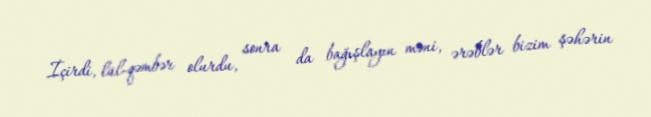
İçirdi, lül-qəmbər olurdu, sonra da bağışlayın məni, ərəblər bizim şəhərin